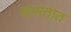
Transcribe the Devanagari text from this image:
वासतात